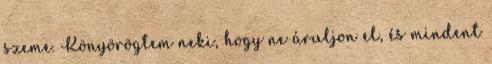
szeme. Könyörögtem neki, hogy ne áruljon el, és mindent